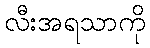
လီးအရသာကို